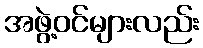
အဖွဲ့ဝင်များလည်း